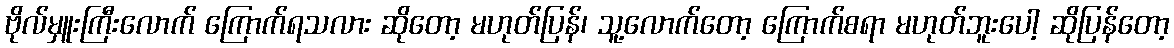
ဗိုလ်မှူးကြီးလောက် ကြောက်ရသလား ဆိုတော့ မဟုတ်ပြန်၊ သူ့လောက်တော့ ကြောက်စရာ မဟုတ်ဘူးပေါ့ ဆိုပြန်တော့